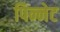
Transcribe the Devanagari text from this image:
पिन्नेट